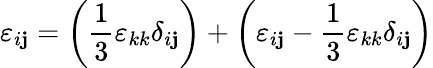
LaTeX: \varepsilon_{i\mathbf{j}}=\left({\frac{{1}}{{3}}}\varepsilon_{kk}\delta_{i\mathbf{j}}\right)+\left(\varepsilon_{i\mathbf{j}}-{\frac{{1}}{{3}}}\varepsilon_{kk}\delta_{i\mathbf{j}}\right)